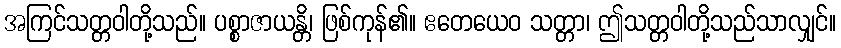
အကြင်သတ္တဝါတို့သည်။ ပစ္စာဇာယန္တိ၊ ဖြစ်ကုန်၏။ ဧတေယေဝ သတ္တာ၊ ဤသတ္တဝါတို့သည်သာလျှင်။